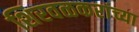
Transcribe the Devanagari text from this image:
शिरवळकरांच्या